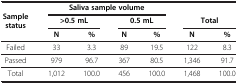
<table><thead><tr><td rowspan="3"><b>Sample status</b></td><td colspan="4"><b>Saliva sample volume</b></td><td colspan="2"><b> </b></td></tr><tr><td colspan="2"><b>&gt;0.5 mL</b></td><td colspan="2"><b>0.5 mL</b></td><td colspan="2"><b>Total</b></td></tr><tr><td><b>N</b></td><td><b>%</b></td><td><b>N</b></td><td><b>%</b></td><td><b>N</b></td><td><b>%</b></td></tr></thead><tbody><tr><td>Failed</td><td>33</td><td>3.3</td><td>89</td><td>19.5</td><td>122</td><td>8.3</td></tr><tr><td>Passed</td><td>979</td><td>96.7</td><td>367</td><td>80.5</td><td>1,346</td><td>91.7</td></tr><tr><td>Total</td><td>1,012</td><td>100.0</td><td>456</td><td>100.0</td><td>1,468</td><td>100.0</td></tr></tbody></table>